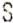
S